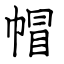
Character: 帽